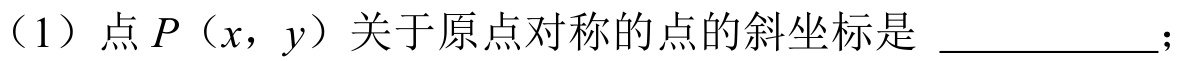
(1) 点\(P\)（\(x\)，\(y\)）关于原点对称的点的斜坐标是 \_\_\_\_\_\_；